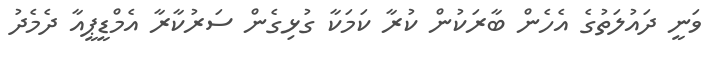
ވަނީ ދައުލަތުގެ އެހެން ބާރަކުން ކުރާ ކަމަކާ ގުޅިގެން ސަރުކާރާ އެމްޑީޕީއާ ދެމެދު